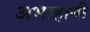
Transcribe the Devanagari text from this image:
अभाहानी